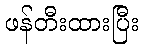
ဖန်တီးထားပြီး